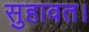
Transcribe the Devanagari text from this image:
सुहावत।